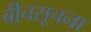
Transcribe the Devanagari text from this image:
बीचसूचना